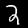
Label: 2